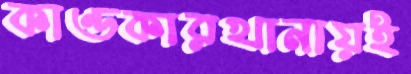
কাণ্ডকারখানায়ই